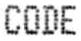
CODE